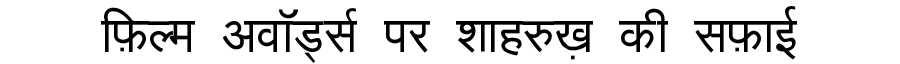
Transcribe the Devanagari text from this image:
फ़िल्म अवॉर्ड्स पर शाहरुख़ की सफ़ाई